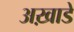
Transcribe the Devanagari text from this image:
अख़ाडे